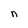
Character: n